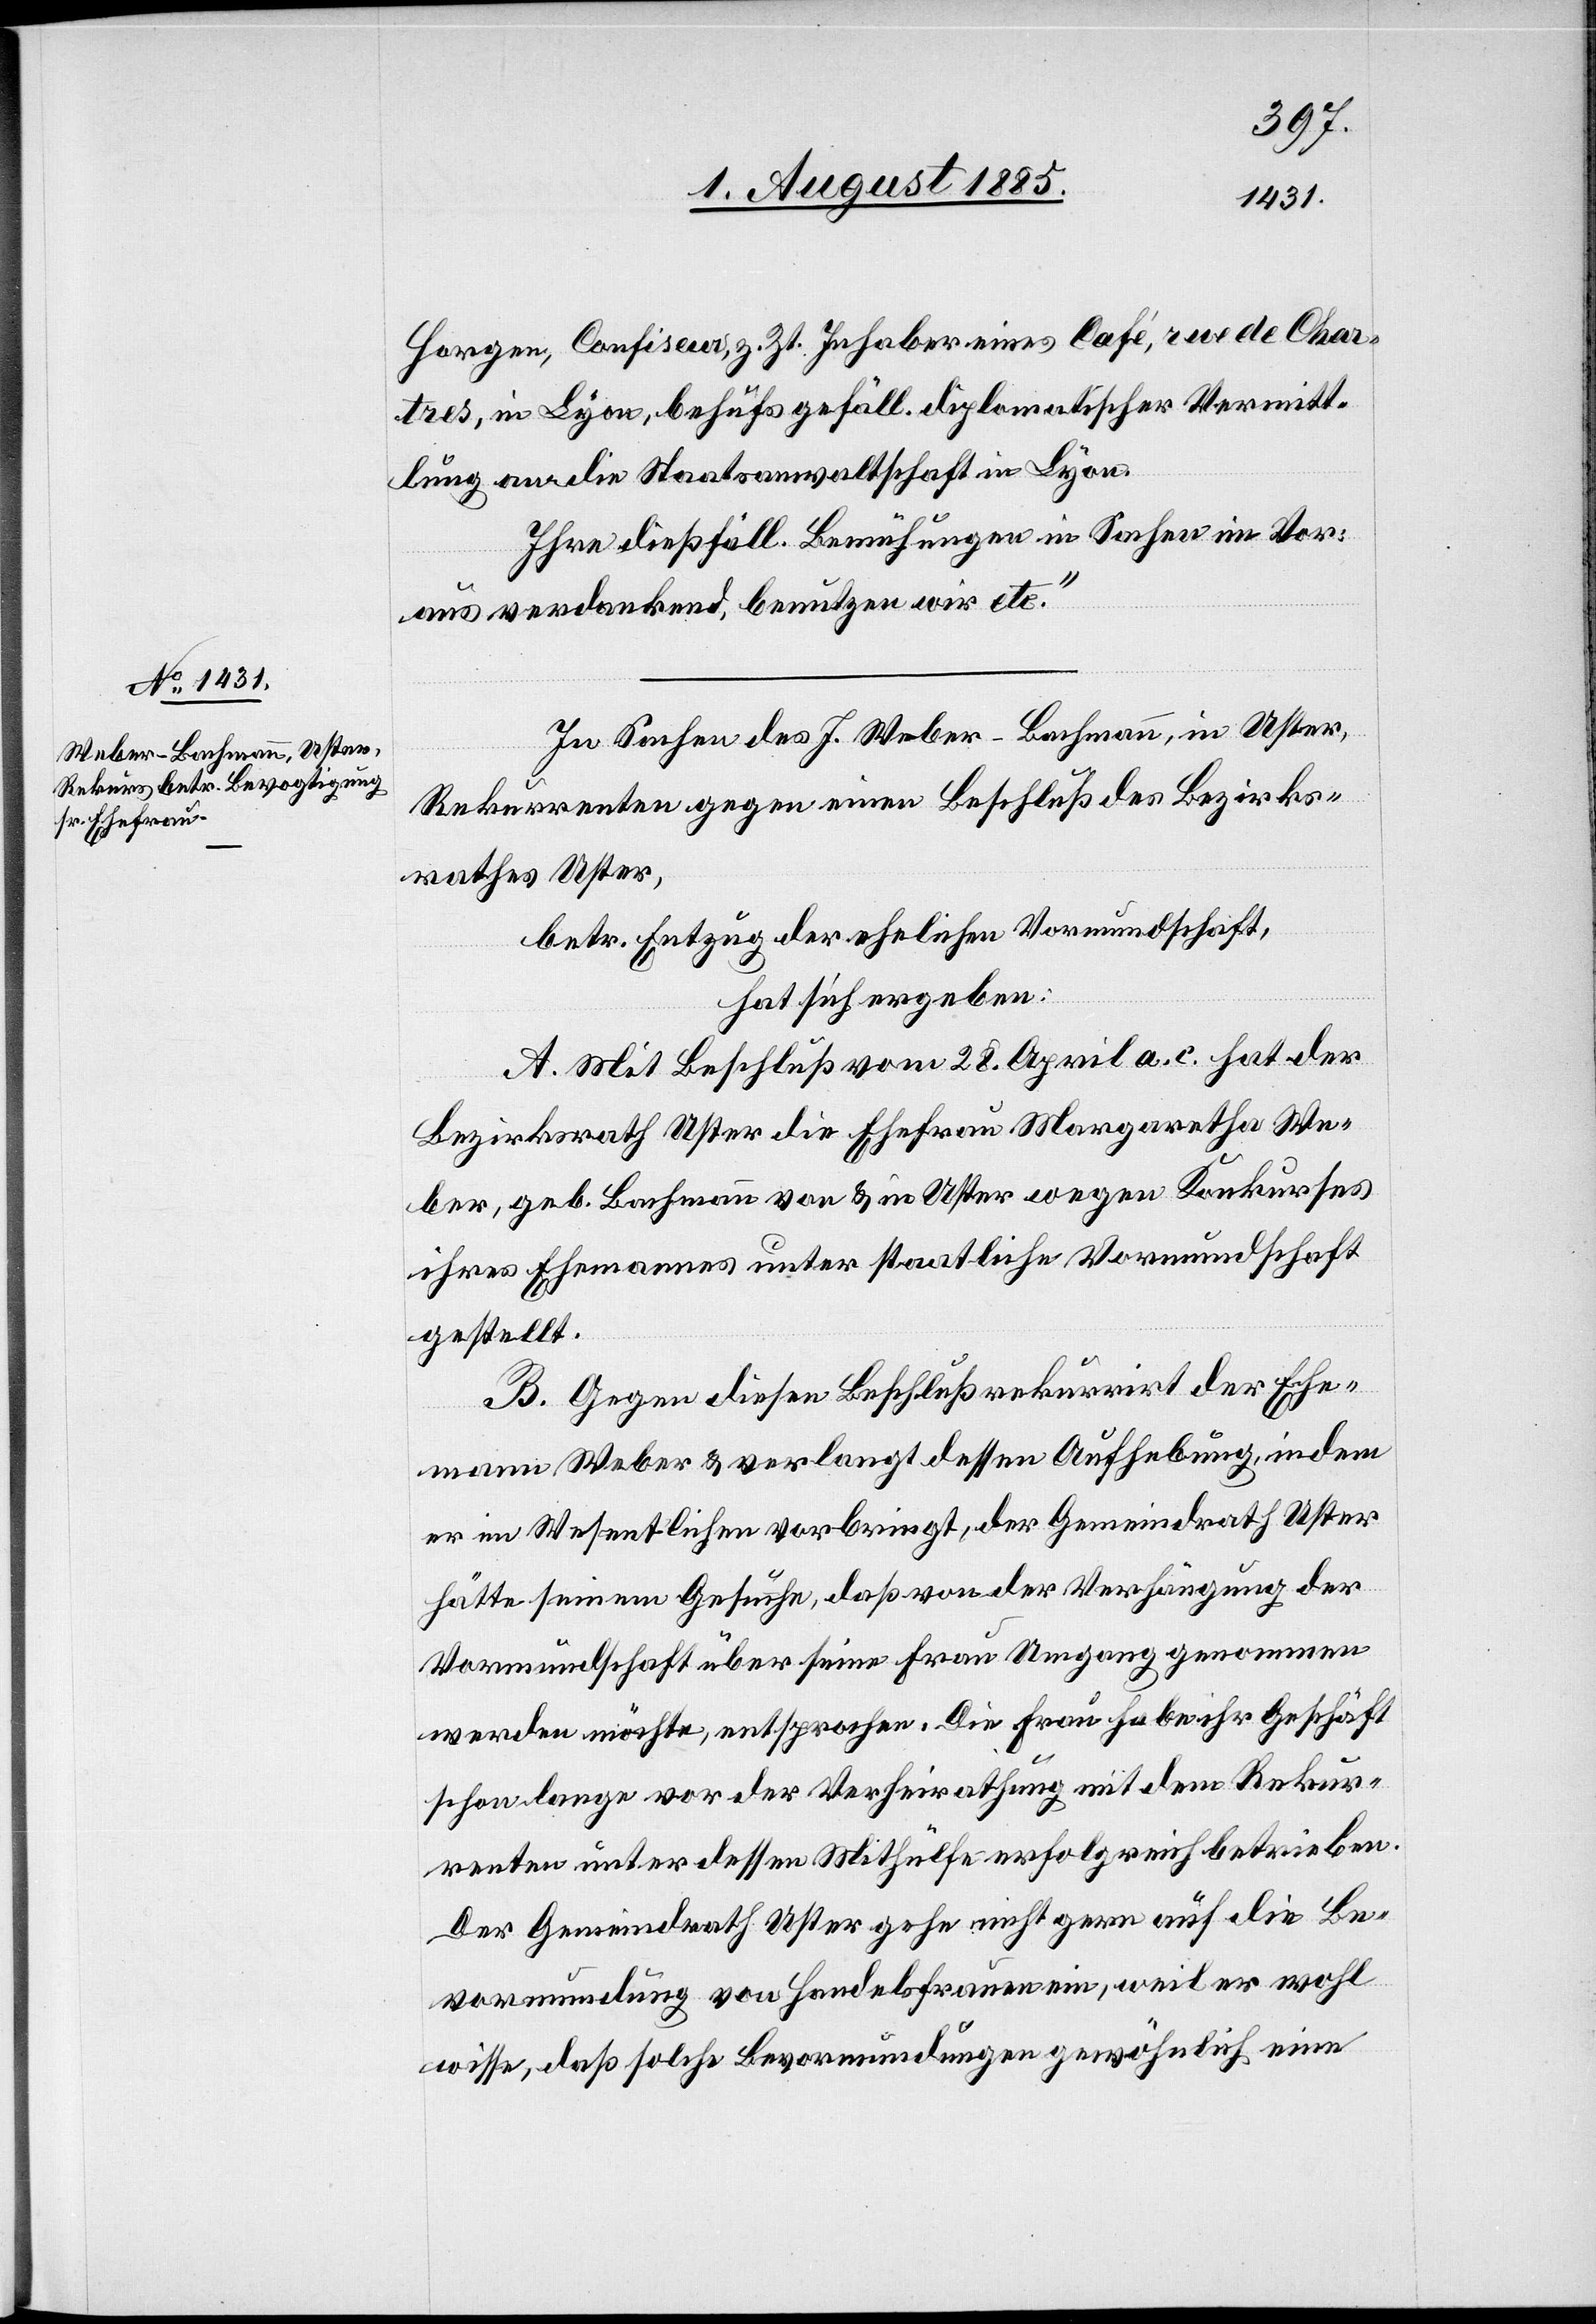
Horgen, Confisseur, z. Zt. Inhaber eines Café, rue de Char¬
tres, in Lyon, behufs gefäll. diplomatischer Vermitt¬
lung an die Staatsanwaltschaft in Lyon.
Ihre dießfäll. Bemühungen in Sachen im Vor¬
aus verdankend, benutzen wir etc.“
In Sachen des J. Weber-Bachmann, in Uster,
Rekurrenten gegen einen Beschluß des Bezirks¬
rathes Uster,
betr. Entzug der ehelichen Vormundschaft,
hat sich ergeben:
A. Mit Beschluß vom 28. April a. c. hat der
Bezirksrath Uster die Ehefrau Margaretha We¬
ber, geb. Bachmann von & in Uster wegen Konkurses
ihres Ehemannes unter staatliche Vormundschaft
gestellt.
B. Gegen diesen Beschluß rekurrirt der Ehe¬
mann Weber & verlangt dessen Aufhebung, indem
er im Wesentlichen vorbringt, der Gemeindrath Uster
hätte seinem Gesuche, daß von der Verhängung der
Vormundschaft über seine Frau Umgang genommen
werden möchte, entsprochen. Die Frau habe ihr Geschäft
schon lange vor der Verheirathung mit dem Rekur¬
renten unter dessen Mithülfe erfolgreich betrieben.
Der Gemeindrath Uster gehe nicht gern auf die Be¬
vormundung von Handelsfrauen ein, weil er wohl
wisse, daß solche Bevormundungen gewöhnlich eine